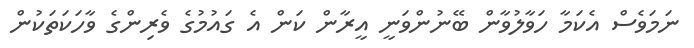
ނަމަވެސް އެކަމާ ހަވާލުވާން ބޭނުންވަނީ އީރާން ކަން އެ ގައުމުގެ ވެރިންގެ ވާހަކަތަކުން